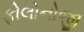
ફોલોનોજી